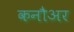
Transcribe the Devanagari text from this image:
कनौअर